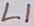
Text: L1